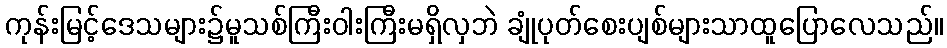
ကုန်းမြင့်ဒေသများ၌မူသစ်ကြီးဝါးကြီးမရှိလှဘဲ ချုံပုတ်စေးပျစ်များသာထူပြောလေသည်။